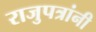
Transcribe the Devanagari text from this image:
राजुपत्रांनी